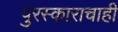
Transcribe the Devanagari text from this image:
पुरस्काराचाही